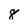
Character: 8